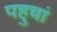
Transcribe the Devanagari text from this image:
पहुचां